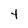
Character: t